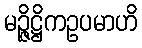
မဉ္ဇိဋ္ဌိကဥပမာဟိ